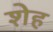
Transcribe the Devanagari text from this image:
शेह